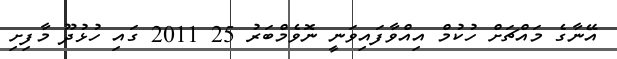
އޭނާގެ މައްޗަށް ހުކުމް އިއްވާފައިވަނީ ނޮވެމްބަރު 25 2011 ގައި ހުޅުދޫ މާފިށި